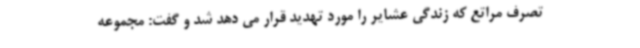
تصرف مراتع که زندگی عشایر را مورد تهدید قرار می دهد شد و گفت: مجموعه